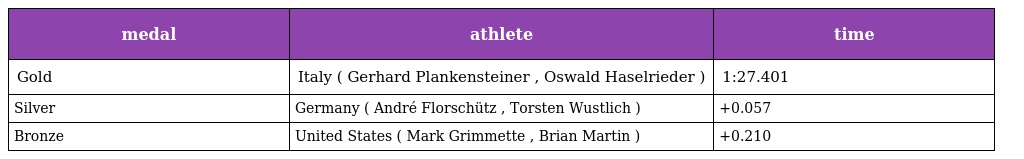
| medal | athlete | time |
 | --- | --- | --- |
 | Gold | Italy ( Gerhard Plankensteiner , Oswald Haselrieder ) | 1:27.401 |
 | Silver | Germany ( André Florschütz , Torsten Wustlich ) | +0.057 |
 | Bronze | United States ( Mark Grimmette , Brian Martin ) | +0.210 |